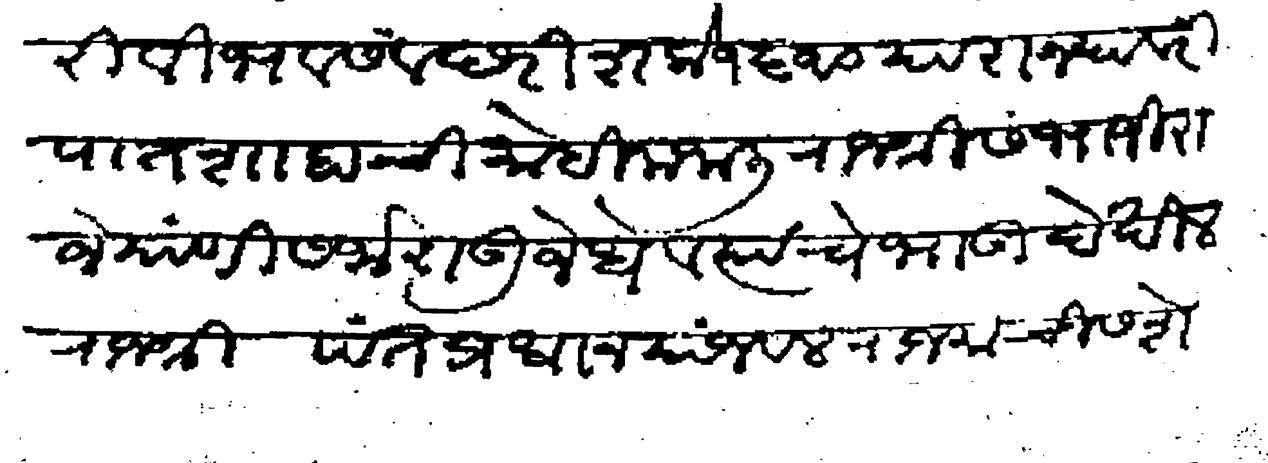
Transliteration (Devanagari): विभव संवछरी शके १६१० या राज्यावरी पातशाहाची मोहीम जाली राजश्री संभाजी राजे यांणी सर्जाराऊ जेधे व त्यांचे भाऊ देखील राजश्री पंतप्रधान यांजवल राजमाचीस